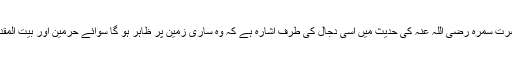
اور حضرت سمرہ رضی اللہ عنہ کی حدیث میں اسی دجال کی طرف اشارہ ہے کہ وہ ساری زمین پر ظاہر ہو گا سوائے حرمین اور بیت المقدس کے۔